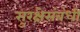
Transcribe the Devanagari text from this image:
सुरक्षेसंबंधी